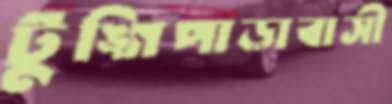
টুঙ্গিপাড়াবাসী